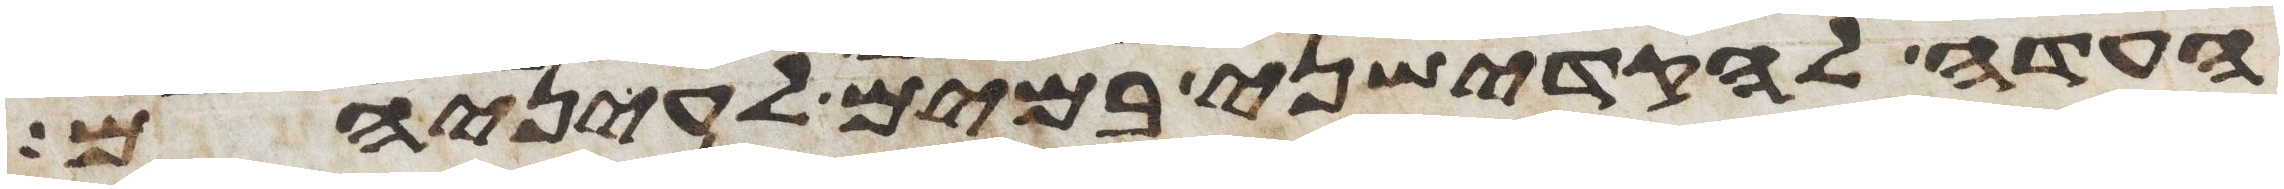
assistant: העדה להקדישני במים לעיניהם